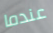
عندما